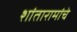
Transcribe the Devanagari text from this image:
शांतारामांचे